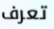
تعرف